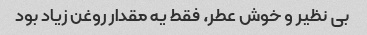
بی نظیر و خوش عطر، فقط یه مقدار روغن زیاد بود